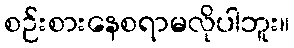
စဉ်းစားနေစရာမလိုပါဘူး။